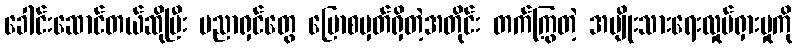
ခေါင်းဆောင်တယ်ဆိုပြီး ပညာရှင်တွေ ပြောစမှတ်ရှိတဲ့အတိုင်း တက်ကြွတဲ့ အမျိုးသားရေးလှုပ်ရှားမှုကို